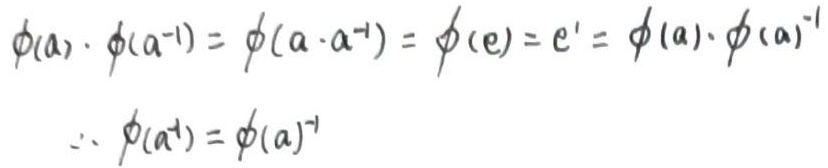
\[
\begin{align*}
\phi(a)\cdot\phi(a^{-1})&=\phi(a\cdot a^{-1})=\phi(e)=e'=\phi(a)\cdot\phi(a)^{-1}\\
\therefore\ \phi(a^{-1})&=\phi(a)^{-1}
\end{align*}
\]